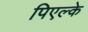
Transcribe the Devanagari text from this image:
पिएल्के